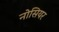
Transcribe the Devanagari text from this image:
नोसियर